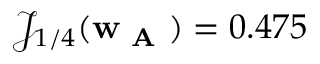
\mathcal { J } _ { 1 / 4 } ( \mathbf { w } _ { \textbf { A } } ) = 0 . 4 7 5